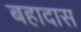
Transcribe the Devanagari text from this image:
बहादास